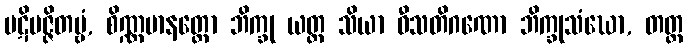
ပဋိပဇ္ဇိတဗ္ဗံ, စိဏ္ဏမာနတ္တော ဘိက္ခု ယတ္ထ သိယာ ဝီသတိဂဏော ဘိက္ခုသံဃော, တတ္ထ